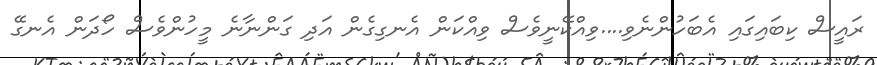
ރައީސް ކިބައިގައި އެބަހުންނެވި....ވިއްކޭނީވެސް ވިއްކަން އެނގިގެން އަދި ގަންނާނެ މީހުންވެސް ހޯދަން އެނގޭ